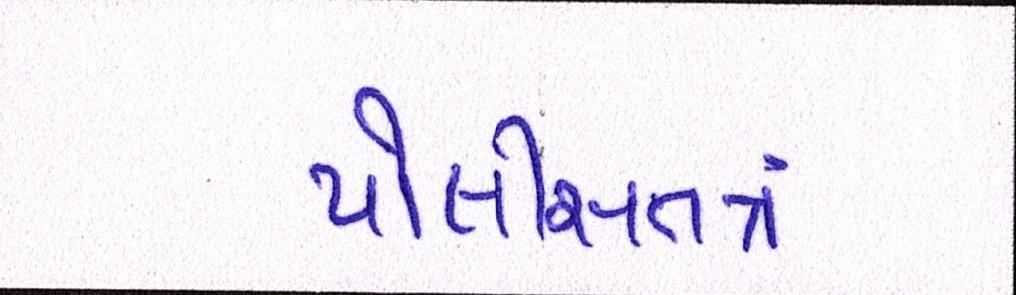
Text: પોલીસતત્રં